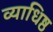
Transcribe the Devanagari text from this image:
व्याधिष्ठ